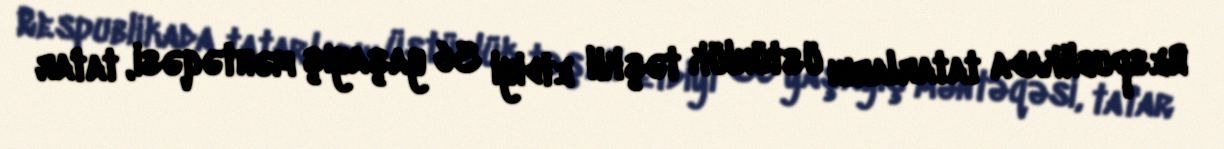
Respublikada tatarların üstünlük təşkil etdiyi 36 yaşayış məntəqəsi, tatar